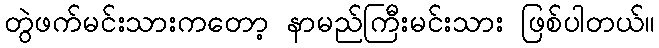
တွဲဖက်မင်းသားကတော့ နာမည်ကြီးမင်းသား ဖြစ်ပါတယ်။